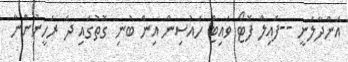
އަންދާލަނީ --ފައިލް ފޮޓޯ ވައިޓް ހައުސިން އިން ބުނި ގޮތުގައި ދެ ރަހީނުންނާ